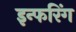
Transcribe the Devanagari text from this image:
इन्फरिंग